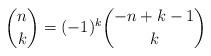
LaTeX: \begin{align*} \binom{n}{k} = (-1)^k\binom{-n+k-1}{k}\end{align*}